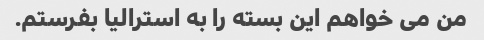
من می خواهم این بسته را به استرالیا بفرستم.